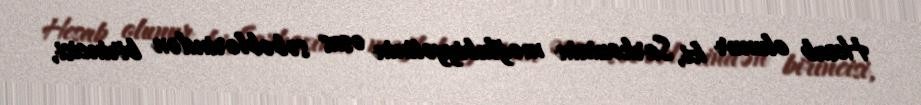
Hesab olunur ki, Sarkozinin məğlubiyyətinin əsas səbəblərindən birincisi,